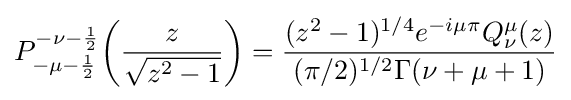
P_{-\mu -{\frac {1}{2}}}^{-\nu -{\frac {1}{2}}}{\biggl (}{\frac {z}{\sqrt {z^{2}-1}}}{\biggr )}={\frac {(z^{2}-1)^{1/4}e^{-i\mu \pi }Q_{\nu }^{\mu }(z)}{(\pi /2)^{1/2}\Gamma (\nu +\mu +1)}}